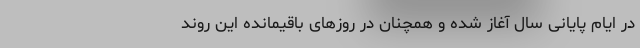
در ایام پایانی سال آغاز شده و همچنان در روزهای باقیمانده این روند